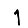
Digit: 1